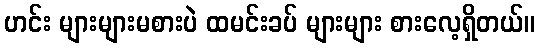
ဟင်း များများမစားပဲ ထမင်းခပ် များများ စားလေ့ရှိတယ်။